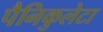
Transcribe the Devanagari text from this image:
पैनिकुलेटा